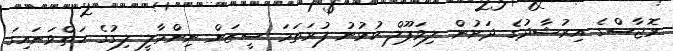
ރޮޖާސްގެ އިރުޝާދުގެ ދަށުން ލިވަޕޫލް ކުޅުނު ފުރަތަމަ ސީޒަން ނިންމާލީ ލިގުގެ ހަތްވަނައިގަ